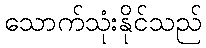
သောက်သုံးနိုင်သည်